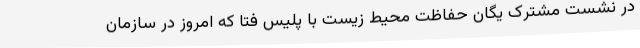
در نشست مشترک یگان حفاظت محیط زیست با پلیس فتا که امروز در سازمان